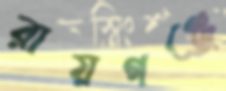
রায়গঞ্জে